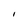
Character: I